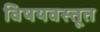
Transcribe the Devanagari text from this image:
विषयवस्तूत